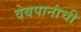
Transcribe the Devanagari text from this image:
वेबपानांची